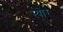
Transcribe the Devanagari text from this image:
स्योर